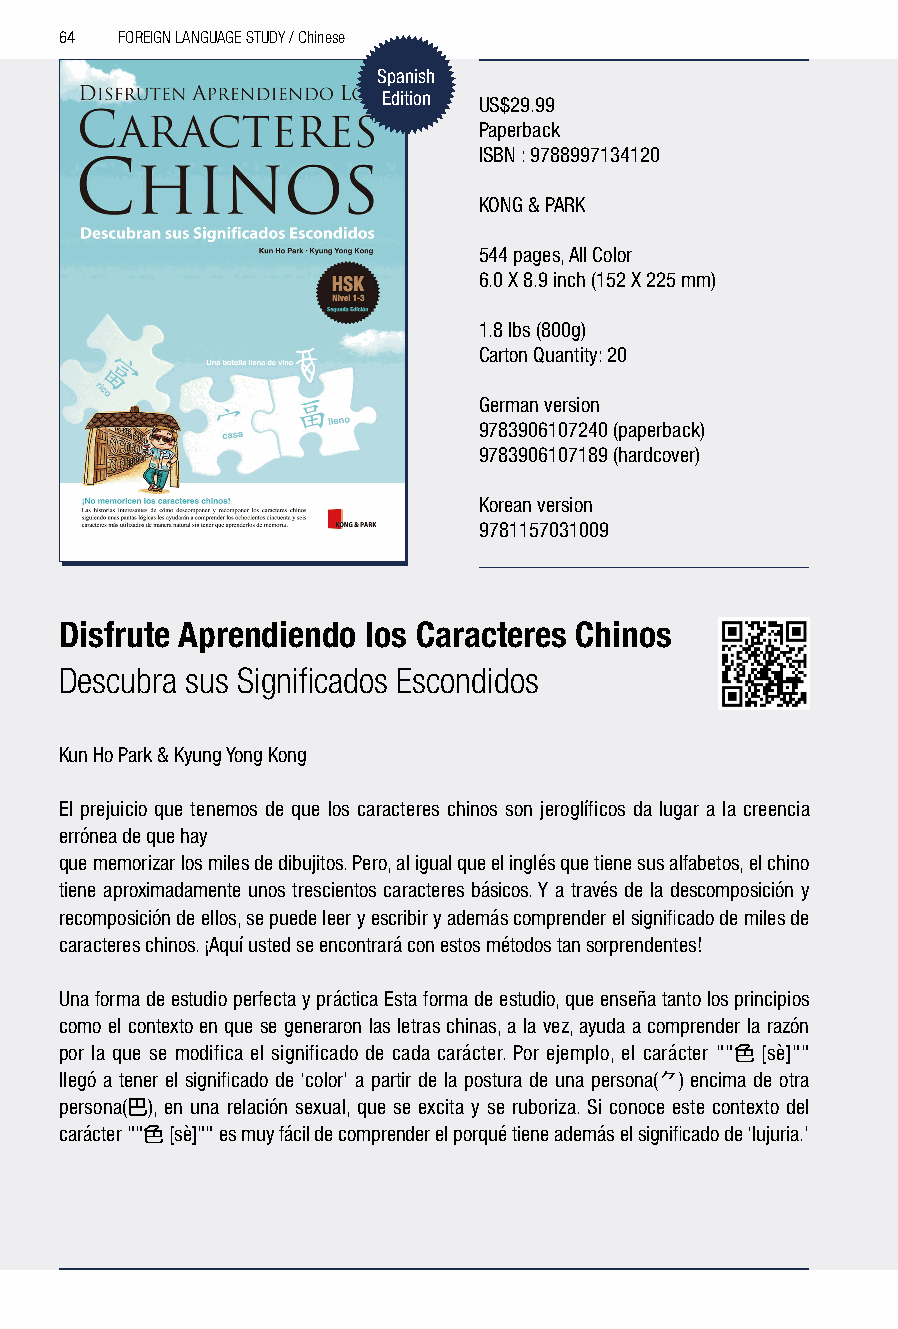
64  FOREIGN LANGUAGE STUDY / Chinese
 Spanish
 Edition US$29.99
 Paperback
 ISBN : 9788997134120
 KONG & PARK
 544 pages, All Color
 6.0 X 8.9 inch (152 X 225 mm)
 1.8 lbs (800g)
 Carton Quantity: 20
 German version
 9783906107240 (paperback)
 9783906107189 (hardcover)
 Korean version
 9781157031009
 Disfrute Aprendiendo los Caracteres Chinos
 Descubra sus Significados Escondidos
 Kun Ho Park & Kyung Yong Kong
 El prejuicio que tenemos de que los caracteres chinos son jeroglíficos da lugar a la creencia
 errónea de que hay
 que memorizar los miles de dibujitos. Pero, al igual que el inglés que tiene sus alfabetos, el chino
 tiene aproximadamente unos trescientos caracteres básicos. Y a través de la descomposición y
 recomposición de ellos, se puede leer y escribir y además comprender el significado de miles de
 caracteres chinos. ¡Aquí usted se encontrará con estos métodos tan sorprendentes!
 Una forma de estudio perfecta y práctica Esta forma de estudio, que enseña tanto los principios
 como el contexto en que se generaron las letras chinas, a la vez, ayuda a comprender la razón
 por la que se modifica el significado de cada carácter. Por ejemplo, el carácter ""色 [sè]""
 llegó a tener el significado de ‘color’ a partir de la postura de una persona(⺈) encima de otra
 persona(巴), en una relación sexual, que se excita y se ruboriza. Si conoce este contexto del
 carácter ""色 [sè]"" es muy fácil de comprender el porqué tiene además el significado de ‘lujuria.’